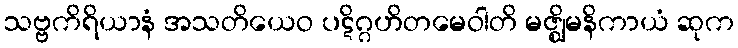
သဗ္ဗကိရိယာနံ အသတိယေဝ ပဋိဂ္ဂဟိတမေဝါတိ မဇ္ဈိမနိကာယံ ဆုက